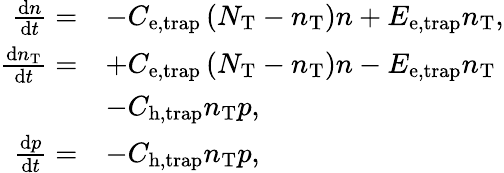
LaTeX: \begin{array}{rl}{\frac{\mathrm{d}n}{\mathrm{d}t}=}&{-C_{\mathrm{e,trap}}\left(N_{\mathrm{T}}-n_{\mathrm{T}}\right)n+E_{\mathrm{e,trap}}n_{\mathrm{T}},}\\ {\frac{\mathrm{d}n_{\mathrm{T}}}{\mathrm{d}t}=}&{+C_{\mathrm{e,trap}}\left(N_{\mathrm{T}}-n_{\mathrm{T}}\right)n-E_{\mathrm{e,trap}}n_{\mathrm{T}}}\\ &{-C_{\mathrm{h,trap}}n_{\mathrm{T}}p,}\\ {\frac{\mathrm{d}p}{\mathrm{d}t}=}&{-C_{\mathrm{h,trap}}n_{\mathrm{T}}p,}\end{array}